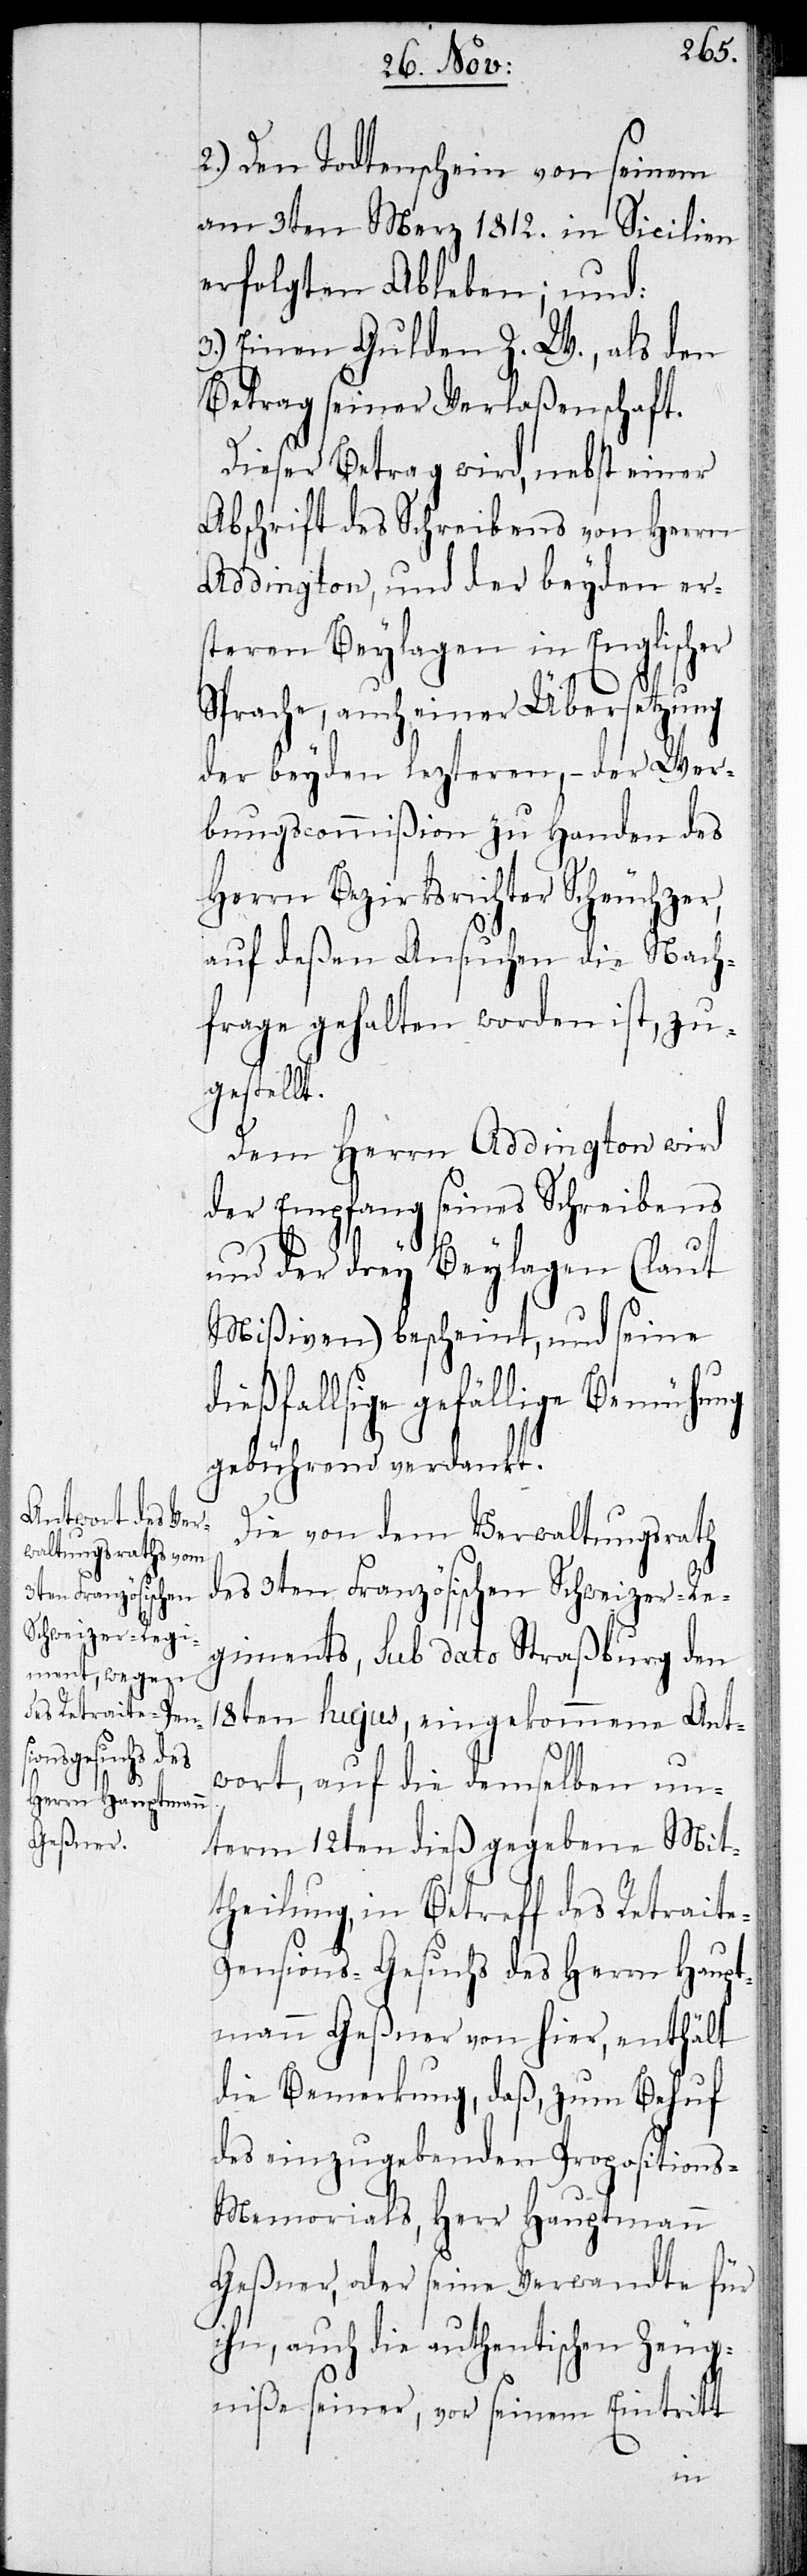
2.) Den Todtenschein von seinem
am 3ten Merz 1812 in Sicilien
erfolgten Ableben; und:
3.) Einen Gulden Z. W., als den
Betrag seiner Verlaßenschaft.
Dieser Betrag wird, nebst einer
Abschrift des Schreibens von Herrn
Addington, und der beyden ers¬
teren Beylagen in Englischer
prache, auch einer Übersetzung
der beyden lezteren, – der Wer¬
bungscommißion zu Handen des
Herrn Bezirksrichter Scheuchzer,
auf deßen Ansuchen die Nach¬
frage gehalten worden ist, zu¬
gestellt.
Dem Herrn Addington wird
der Empfang seines Schreibens
und der drey Beylagen (laut
Mißiven) bescheint, und seine
dießfallsige gefällige Bemühung
gebührend verdankt.
Die von dem Verwaltungsrath
des 3ten Französischen Schweizer-Re¬
giments, sub dato Straßburg den
18ten hujus, eingekommene Ant¬
wort, auf die demselben un¬
term 12ten dieß gegebene Mit¬
theilung, in Betreff des Retrait¬
e-Pensions-Gesuchs des Herrn Haupt¬
mann Geßner von hier, enthält
die Bemerkung, daß, zum Behuf
des einzugebenden Propositions-M¬
emorials, Herr Hauptmann
Geßner, oder seine Verwandte für
ihn, auch die authentischen Zeug¬
niße seiner, vor seinem Eintritt
S¬